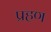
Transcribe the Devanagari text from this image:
प्रहण